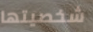
شخصيتها